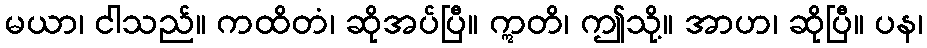
မယာ၊ ငါသည်။ ကထိတံ၊ ဆိုအပ်ပြီ။ ဣတိ၊ ဤသို့။ အာဟ၊ ဆိုပြီ။ ပန၊